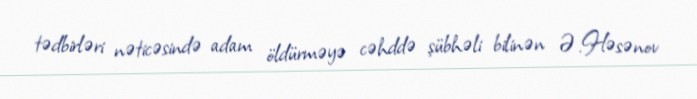
tədbirləri nəticəsində adam öldürməyə cəhddə şübhəli bilinən Ə.Həsənov